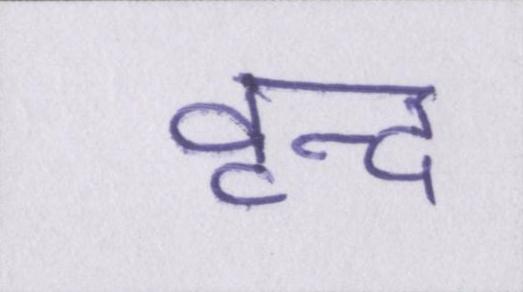
वृन्द